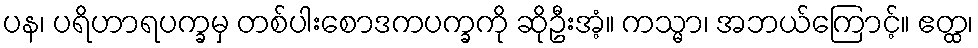
ပန၊ ပရိဟာရပက္ခမှ တစ်ပါးစောဒကပက္ခကို ဆိုဦးအံ့။ ကသ္မာ၊ အဘယ်ကြောင့်။ ဧတ္ထ၊